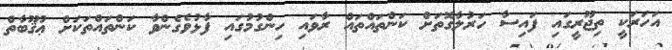
އަހަރަކީ ތިޖޫރީގައި ފައިސާ ހަރުލާގޮތަށް ކަންތައްތައް ރާވައި ހިންގުމުގައި ފާޅުވެގެންވާ ކަންތައްތަކަށް ޢުޤޫބާތް